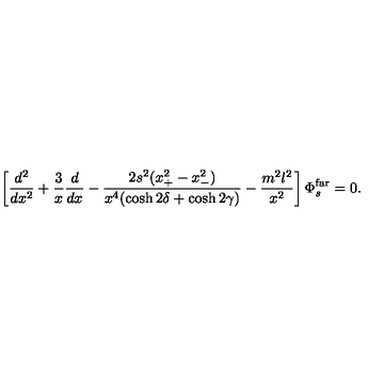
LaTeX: \left[ { \frac { d ^ { 2 } } { d x ^ { 2 } } } + { \frac { 3 } { x } } { \frac { d } { d x } } - { \frac { 2 s ^ { 2 } ( x _ { + } ^ { 2 } - x _ { - } ^ { 2 } ) } { x ^ { 4 } ( \cosh 2 \delta + \cosh 2 \gamma ) } } - { \frac { m ^ { 2 } l ^ { 2 } } { x ^ { 2 } } } \right] \Phi _ { s } ^ { \mathrm { f a r } } = 0 .